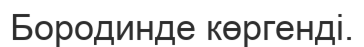
Бородинде көргенді.